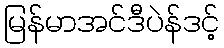
မြန်မာအင်ဒီပဲန်ဒင့်